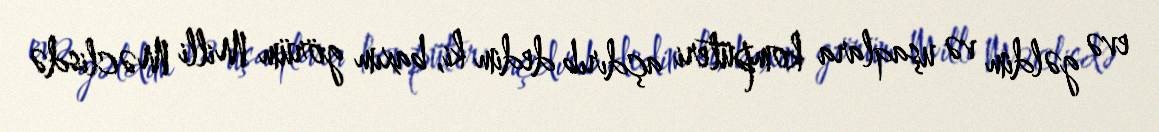
evə gəldim və uşaqlara kompüteri açdırıb dedim ki, baxım görüm Milli Məclisdə